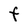
Character: F